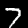
Label: 7